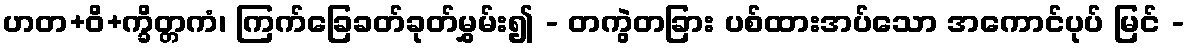
ဟတ+ဝိ+က္ခိတ္တကံ၊ ကြက်ခြေခတ်ခုတ်မွှမ်း၍ - တကွဲတခြား ပစ်ထားအပ်သော အကောင်ပုပ် မြင် -